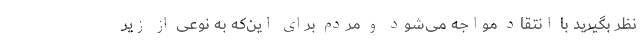
نظر بگیرید با انتقاد مواجه می‌شود و مردم برای این‌که به نوعی از زیر